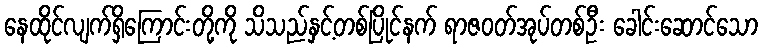
နေထိုင်လျက်ရှိကြောင်းတို့ကို သိသည်နှင့်တစ်ပြိုင်နက် ရာဇဝတ်အုပ်တစ်ဦး ခေါင်းဆောင်သော